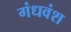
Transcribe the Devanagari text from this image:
गंधवंश